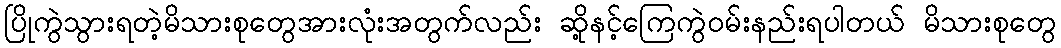
ပြိုကွဲသွားရတဲ့မိသားစုတွေအားလုံးအတွက်လည်း ဆို့နင့်ကြေကွဲဝမ်းနည်းရပါတယ် မိသားစုတွေ